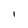
Character: l